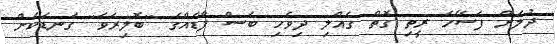
ދުލަށް ފަސޭހަ ރީތި ގޮތް ގެއްލި ދިވެހި ބަސް ފާޑެއްގެ ''ބޮލިރަވަ'' ގަނޑަކަށް